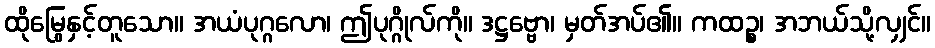
ထိုမြွေနှင့်တူသော။ အယံပုဂ္ဂလော၊ ဤပုဂ္ဂိုလ်ကို။ ဒဋ္ဌဗ္ဗော၊ မှတ်အပ်၏။ ကထဉ္စ၊ အဘယ်သို့လျှင်။